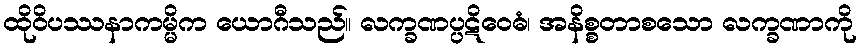
ထိုဝိပဿနာကမ္မိက ယောဂီသည်။ လက္ခဏပ္ပဋိဝေဓံ၊ အနိစ္စတာစသော လက္ခဏာကို